Civil Veterinary Department. United Provinces 1912-22 - 1912-1922
Year: 1912
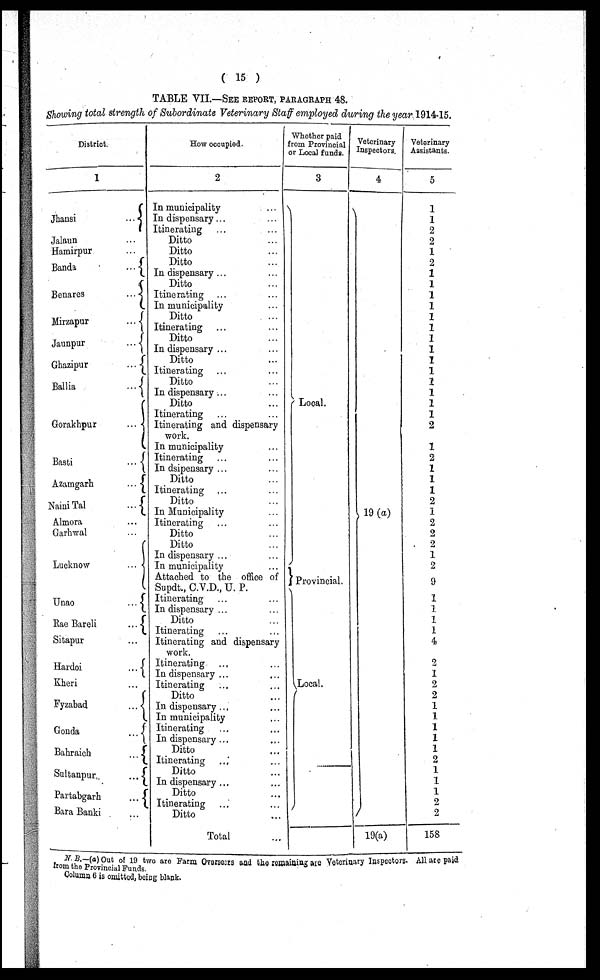
( 15 )
TABLE VII.—SEE REPORT, PARAGRAPHS 48.
Showing total strength of Subordinate Veterinary Staff employed during the year 1914-15.
District.
1
Jhansi …
Jalaun …
Hamirpur …
Bauda …
Benares …
Mirzapur
...
Jaunpur
...
Ghazipur …
Ballia
...
Gorakhpur
...
Basti
...
Azamgarh …
Naini Tal …
Almora …
Garhwal …
Lucknow …
Unao …
Rac Bareli
...
Sitapur …
Hardoi
...
Kheri …
Fyzabad
...
Gouda …
Bahraich …
Sultanpur
...
Partabgarh
...
Bara Banki …
How occupied.
2
In municipality …
In dispensary... …
Itinerating … …
Ditto …
Ditto …
Ditto …
In dispensary ... …
Ditto …
Itinerating … …
In municipality …
Ditto …
Itinerating … …
Ditto …
In dispensary ...
Ditto …
Itinerating … …
Ditto …
In dispensary ...
Ditto …
Itinerating … …
Itinerating and dispensary
work.
In municipality …
Itinerating … …
In dsipensary ... …
Ditto …
Itinerating … …
Ditto …
In Municipality …
Itinerating … …
Ditto …
Ditto …
In dispensary ... …
In municipality …
Attached to the office of
Supdt., C.V.D., U. P.
Itinerating … …
In dispensary ...
Ditto …
Itinerating … …
Itinerating and dispensary
work.
Itinerating … …
In dispensary ... …
Itinerating … …
Ditto …
In dispensary ... …
In municipality …
Itinerating … …
In dispensary ... …
Ditto …
Itinerating … …
Ditto …
In dispensary ... …
Ditto …
Itinerating …
Ditto …
Total …
Whether paid
from Provincial
or Local funds.
3
Local.
Provincial.
Local.
Veterinary
Inspectors.
4
19 (a)
19(a)
Veterinary
Assistants.
5
1
1
2
2
1
2
1
1
1
1
1
1
1
1
I
1
2
1
1
1
2
I
2
1
1
1
2
1
2
2
2
1
2
9
1
1
1
1
4
2
2
2
1
1
1
1
1
2
1
1
1
1
2
2
158
N. B.-(a) Out of 19 two are Farm Oversears and the remaining are Veterinary Inspectors. All arc paid
from the Provincial Funds.
Column 6 is omitted, being blank.